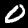
Digit: 0